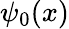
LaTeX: \psi_{0}(x)